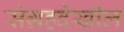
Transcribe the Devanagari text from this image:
संग्रहदेखील